Annual report on the health of the army in India
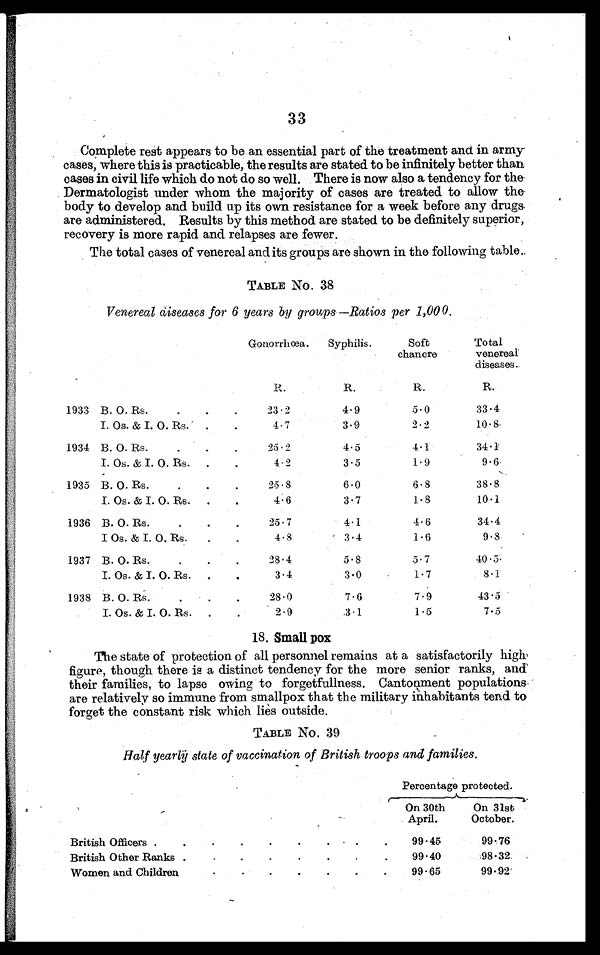
33
Complete rest appears to be an essential part of the treatment and. in army
cases, where this is practicable, the results are stated to be infinitely better than
cases in civil life which do not do so well. There is now also a tendency for the
Dermatologist under whom the majority of cases are treated to allow the
body to develop and build up its own resistance for a week before any drugs
are administered. Results by this method are stated to be definitely superior,
recovery is more rapid and relapses are fewer.
The total cases of venereal and its groups are shown in the following table.
TABLE No. 38
Venereal diseases for 6 years by groups —Ratios per 1,000.
Gonorrhœa.
Syphilis.
Soft
chancre
Total
venereal
diseases.
R.
R.
R.
R.
1933 B. O. Rs.
.
.
.
23.2
4.9
5.0
33.4
I. Os. & I. O. Rs.
.
.
4.7
3.9
2.2
10.8
1934 B. O. Rs.
25.2
4.5
4.1
34.1
I. Os. & I. O. Rs.
.
.
4.2
3.5
1.9
9.6
1935 B. O. Rs.
.
.
.
25.8
6.0
6.8
38.8
I. Os. & I. O. Rs.
.
.
4.6
3.7
1 . 8
10.1
1936 B. O. Rs.
25.7
4.1
4.6
34.4
I Os. & I. O. Rs.
.
.
4.8
3.4
1.6
9.8
1937 B. O. Rs.
.
.
.
28.4
5.8
5.7
40.5
I. Os. & I. O. Rs.
.
.
3.4
3.0
1.7
8.1
1938 B. O. Rs.
28.0
7.6
7.9
43.5
I. Os. & I. O. Rs.
. .
2.9
3.1
1.5
7.5
18. Small pox
The state of protection of all personnel remains at a satisfactorily high
figure, though there is a distinct tendency for the more senior ranks, and
their families, to lapse owing to forgetfullness. Cantonment populations
are relatively so immune from smallpox that the military inhabitants tend.to
forget the constant risk which lies outside.
TABLE No. 39
Half yearly state of vaccination of British troops and families.
Percentage protected.
On 30th
April.
On 31st
October.
British Officers .
.
.
.
.
.
.
. . .
99.45
99.76
British Other Ranks .
.
.
.
.
.
.
.
99.40
98.32
Women and Children
. . . . . . .
99.65
99.92